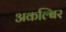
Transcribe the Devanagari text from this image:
अकल्बिर